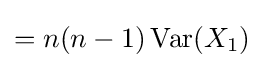
=n(n-1)\operatorname {Var} (X_{1})